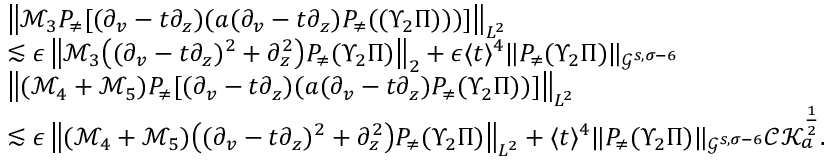
\begin{array} { r l } & { \left\| \mathcal { M } _ { 3 } P _ { \neq } [ ( \partial _ { v } - t \partial _ { z } ) ( a ( \partial _ { v } - t \partial _ { z } ) P _ { \neq } ( ( \Upsilon _ { 2 } \Pi ) ) ) ] \right\| _ { L ^ { 2 } } } \\ & { \lesssim \epsilon \left\| \mathcal { M } _ { 3 } \big ( ( \partial _ { v } - t \partial _ { z } ) ^ { 2 } + \partial _ { z } ^ { 2 } \big ) P _ { \neq } ( \Upsilon _ { 2 } \Pi ) \right\| _ { 2 } + \epsilon \langle t \rangle ^ { 4 } \| P _ { \neq } ( \Upsilon _ { 2 } \Pi ) \| _ { \mathcal { G } ^ { s , \sigma - 6 } } } \\ & { \left\| ( \mathcal { M } _ { 4 } + \mathcal { M } _ { 5 } ) P _ { \neq } [ ( \partial _ { v } - t \partial _ { z } ) ( a ( \partial _ { v } - t \partial _ { z } ) P _ { \neq } ( \Upsilon _ { 2 } \Pi ) ) ] \right\| _ { L ^ { 2 } } } \\ & { \lesssim \epsilon \left\| ( \mathcal { M } _ { 4 } + \mathcal { M } _ { 5 } ) \big ( ( \partial _ { v } - t \partial _ { z } ) ^ { 2 } + \partial _ { z } ^ { 2 } \big ) P _ { \neq } ( \Upsilon _ { 2 } \Pi ) \right\| _ { L ^ { 2 } } + \langle t \rangle ^ { 4 } \| P _ { \neq } ( \Upsilon _ { 2 } \Pi ) \| _ { \mathcal { G } ^ { s , \sigma - 6 } } \mathcal { C K } _ { a } ^ { \frac 1 2 } . } \end{array}